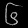
Digit: ၆